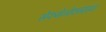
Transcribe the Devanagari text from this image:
सेफमेनोक्साइम